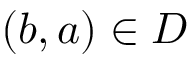
( b , a ) \in D